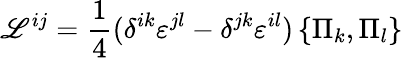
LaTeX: \mathscr{L}^{ij}={\frac{{1}}{{4}}}(\delta^{ik}{\varepsilon}^{jl}-\delta^{jk}{\varepsilon}^{il})\left\{ \Pi_{k},\Pi_{l}\right\}